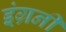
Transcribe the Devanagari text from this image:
इंग्रनी